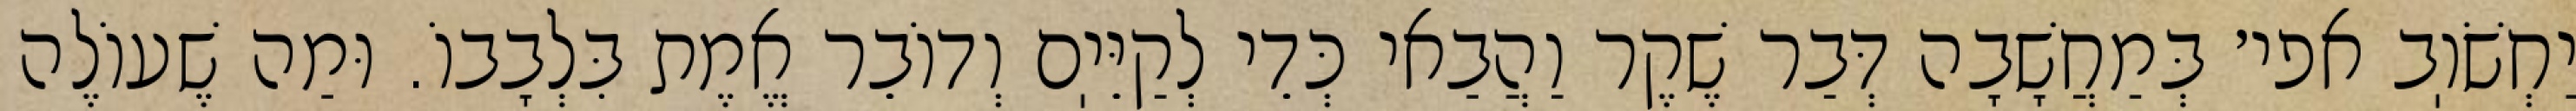
יַחְשֹׁוֽב אפי׳ בְּמַחֲשָׁבָה דְּבַר שֶׁקֶר וַהֲבַאי כְּדֵי לְקַיֵּיֽם וְדוֹבֵר אֱמֶת בִּלְבָבוֹ. וּמַה שֶׁעוֹלֶה